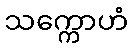
သက္ကောဟံ